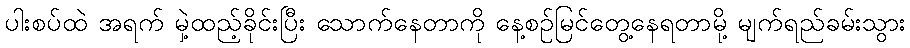
ပါးစပ်ထဲ အရက် မှဲ့ထည့်ခိုင်းပြီး သောက်နေတာကို နေ့စဉ်မြင်တွေ့နေရတာမို့ မျက်ရည်ခမ်းသွား